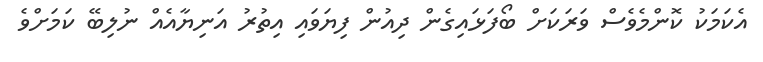
އެކަމަކު ކޮންމެވެސް ވަރަކަަށް ބޯފަޅައިގެން ދިއުން ފިޔަވައި އިތުރު އަނިޔާއެއް ނުލިބޭ ކަމަށްވެ